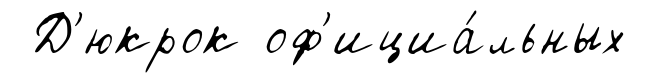
Д'юкрок оф'ициа́льных